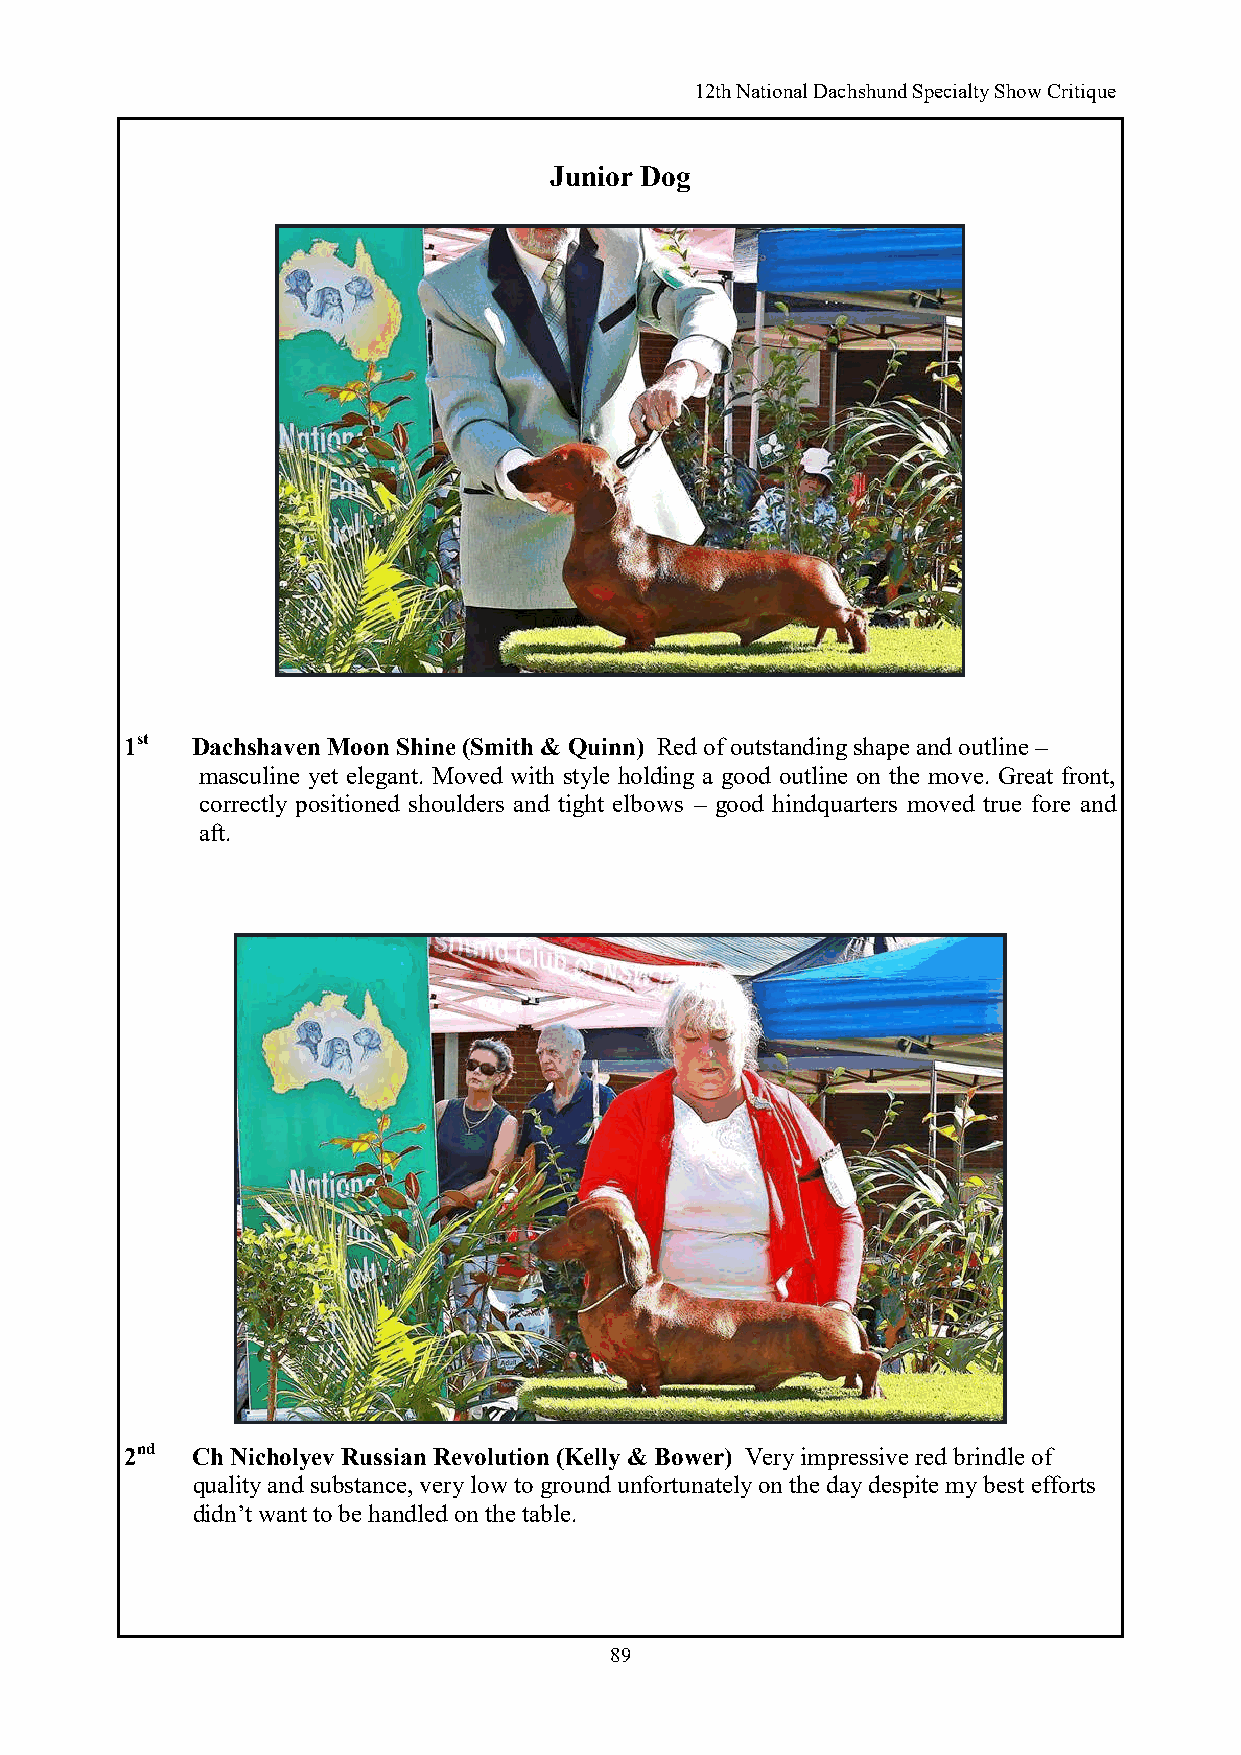
12th National Dachshund Specialty Show Critique
 Junior Dog
 1st  Dachshaven Moon Shine (Smith & Quinn) Red of outstanding shape and outline –
 masculine yet elegant. Moved with style holding a good outline on the move. Great front,
 correctly positioned shoulders and tight elbows – good hindquarters moved true fore and
 aft.
 2nd  Ch Nicholyev Russian Revolution (Kelly & Bower) Very impressive red brindle of
 quality and substance, very low to ground unfortunately on the day despite my best efforts
 didn’t want to be handled on the table.
 89